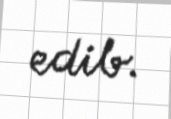
edib.